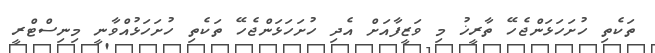
ތަކެތި ހުށަހަޅަންޖެހޭ ތާރީޚު މި ވަޒީފާއަށް އެދި ހުށަހަޅަންޖެހޭ ތަކެތި ހުށަހަޅުއްވާނީ މިނިސްޓްރީ